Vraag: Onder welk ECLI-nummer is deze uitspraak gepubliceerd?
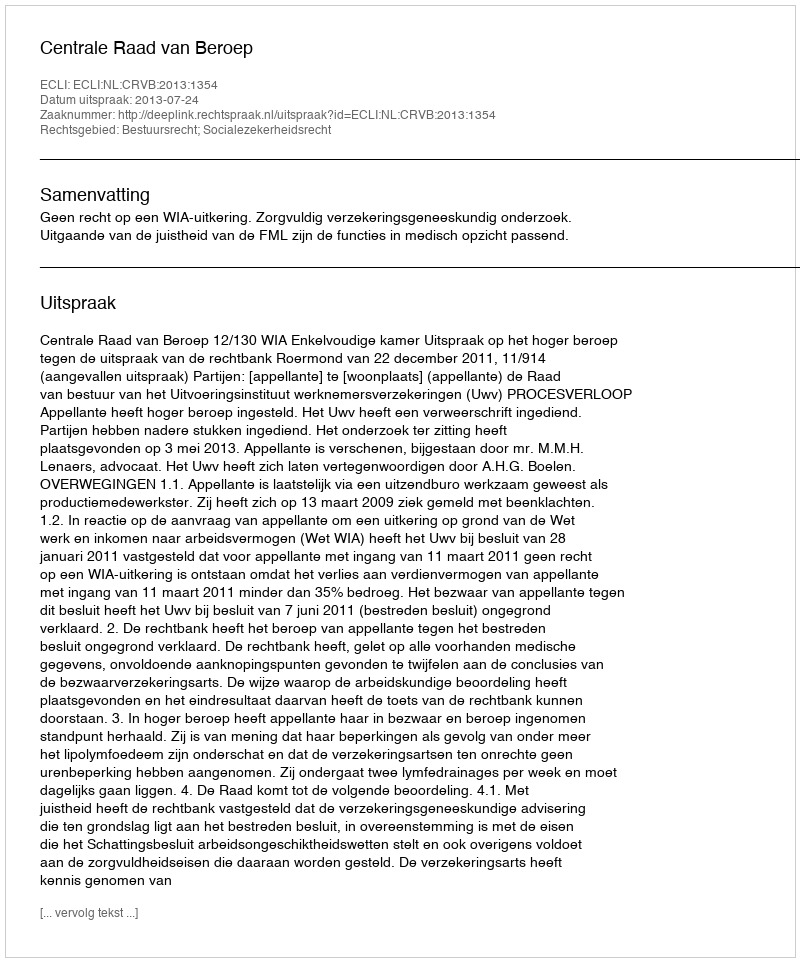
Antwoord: ECLI:NL:CRVB:2013:1354